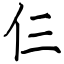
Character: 仨